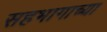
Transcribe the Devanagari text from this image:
सहभागाच्या